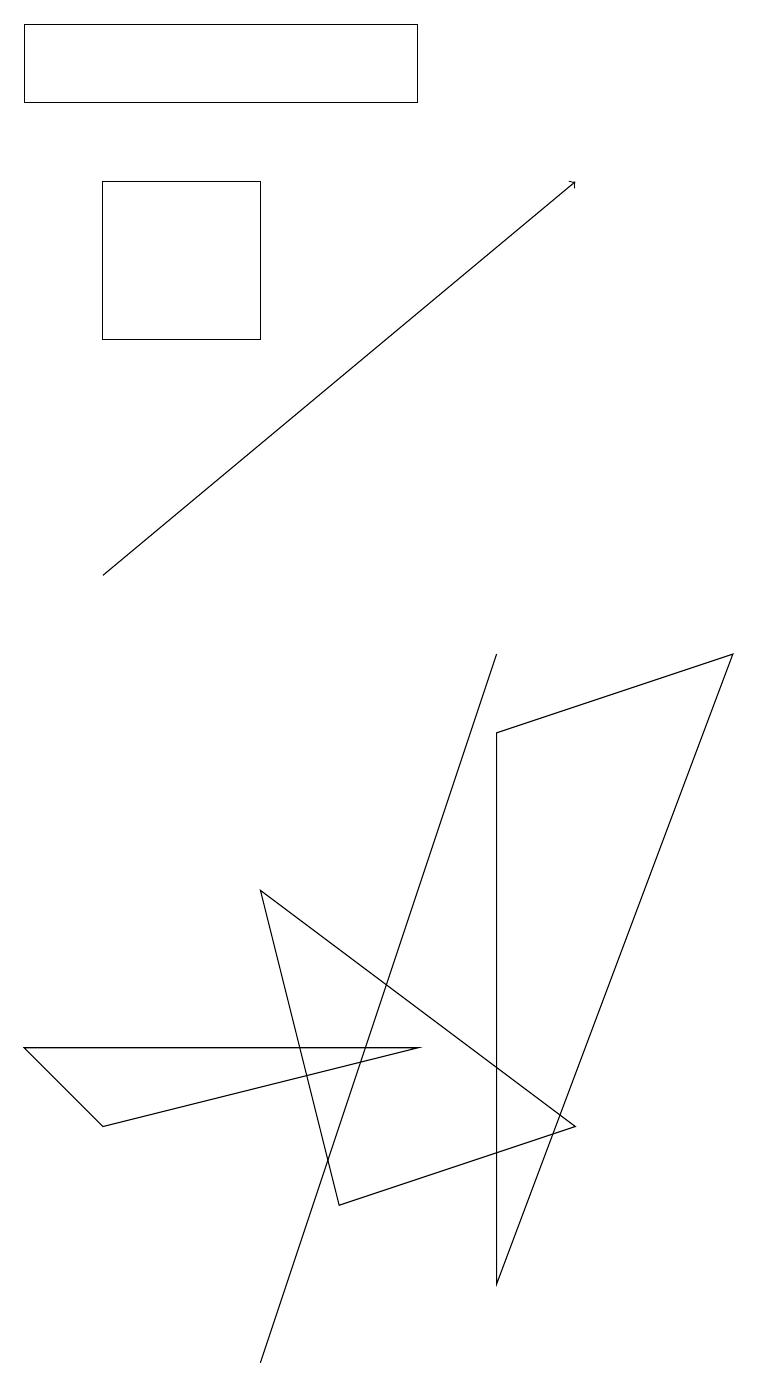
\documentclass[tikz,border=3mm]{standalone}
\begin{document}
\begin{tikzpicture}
\draw (6,8) -- (6,1) -- (9,9) -- cycle;
\draw (0,17) rectangle (5,16);
\draw[->] (1,10) -- (7,15);
\draw (5,6) -- (6,9) -- (3,0) -- cycle;
\draw (1,13) rectangle (3,15);
\draw (5,4) -- (0,4) -- (1,3) -- cycle;
\draw (4,2) -- (7,3) -- (3,6) -- cycle;
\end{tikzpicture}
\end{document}